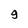
Character: 9